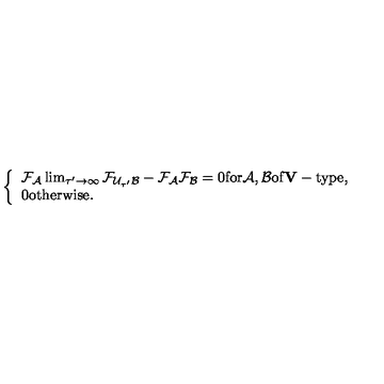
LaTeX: \left\{ \begin{array} { l } { { \cal F _ { A } } \lim _ { \tau ^ { \prime } \rightarrow \infty } { \cal F } _ { { \cal U } _ { \tau ^ { \prime } } { \cal B } } - { \cal F _ { A } F _ { B } } = 0 \mathrm { f o r } { \cal A , B } \mathrm { o f { \bf V } - t y p e } , } \\ { 0 \mathrm { o t h e r w i s e } . } \\ \end{array} \right.